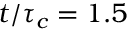
t / \tau _ { c } = 1 . 5